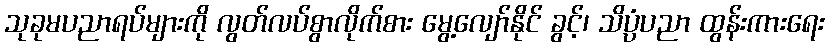
သုခုမပညာရပ်များကို လွတ်လပ်စွာလိုက်စား မွေ့လျော်နိုင် ခွင့်၊ သိပ္ပံပညာ ထွန်းကားရေး